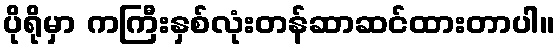
ပိုရိုမှာ ကကြီးနှစ်လုံးတန်ဆာဆင်ထားတာပါ။